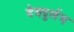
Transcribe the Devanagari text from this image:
देवदुर्लभ